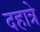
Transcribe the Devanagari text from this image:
दहात्रे